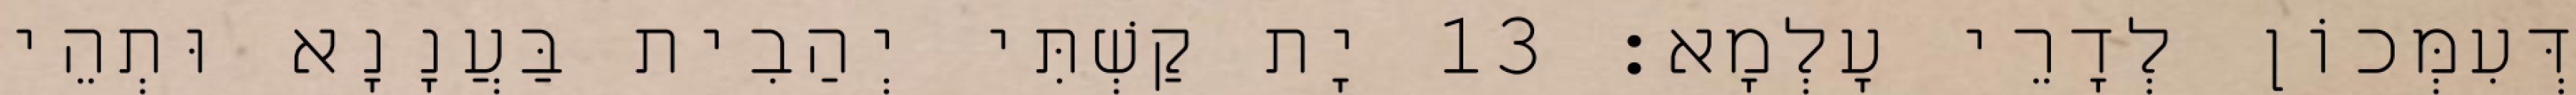
דְּעִמְּכוֹן לְדָרֵי עָלְמָא׃ 13 יָת קַשְׁתִּי יְהַבִית בַּעֲנָנָא וּתְהֵי